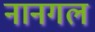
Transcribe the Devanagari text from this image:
नानगल